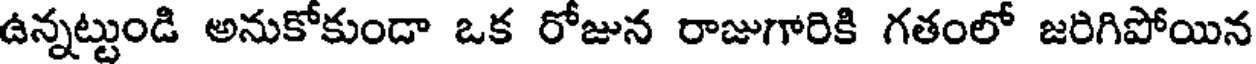
ఉన్నట్టుండి అనుకోకుండా ఒక రోజున రాజుగారికి గతంలో జరిగిపోయిన